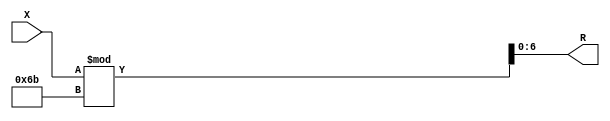
module x_100_mod_107_reg(
    input [100:1] X,
    output [7:1] R
    );


assign R = X % 107;

endmodule